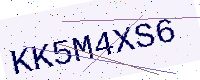
Text: KK5M4XS6